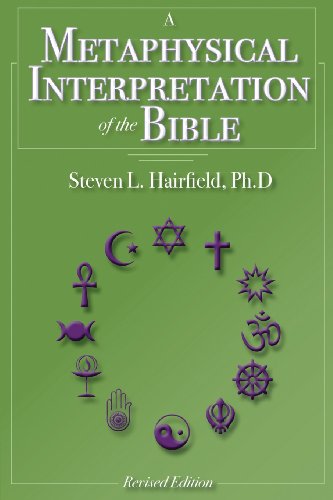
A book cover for A Metaphysical Interpretation of the Bible; Phd Steven L. Hairfield; Politics & Social Sciences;